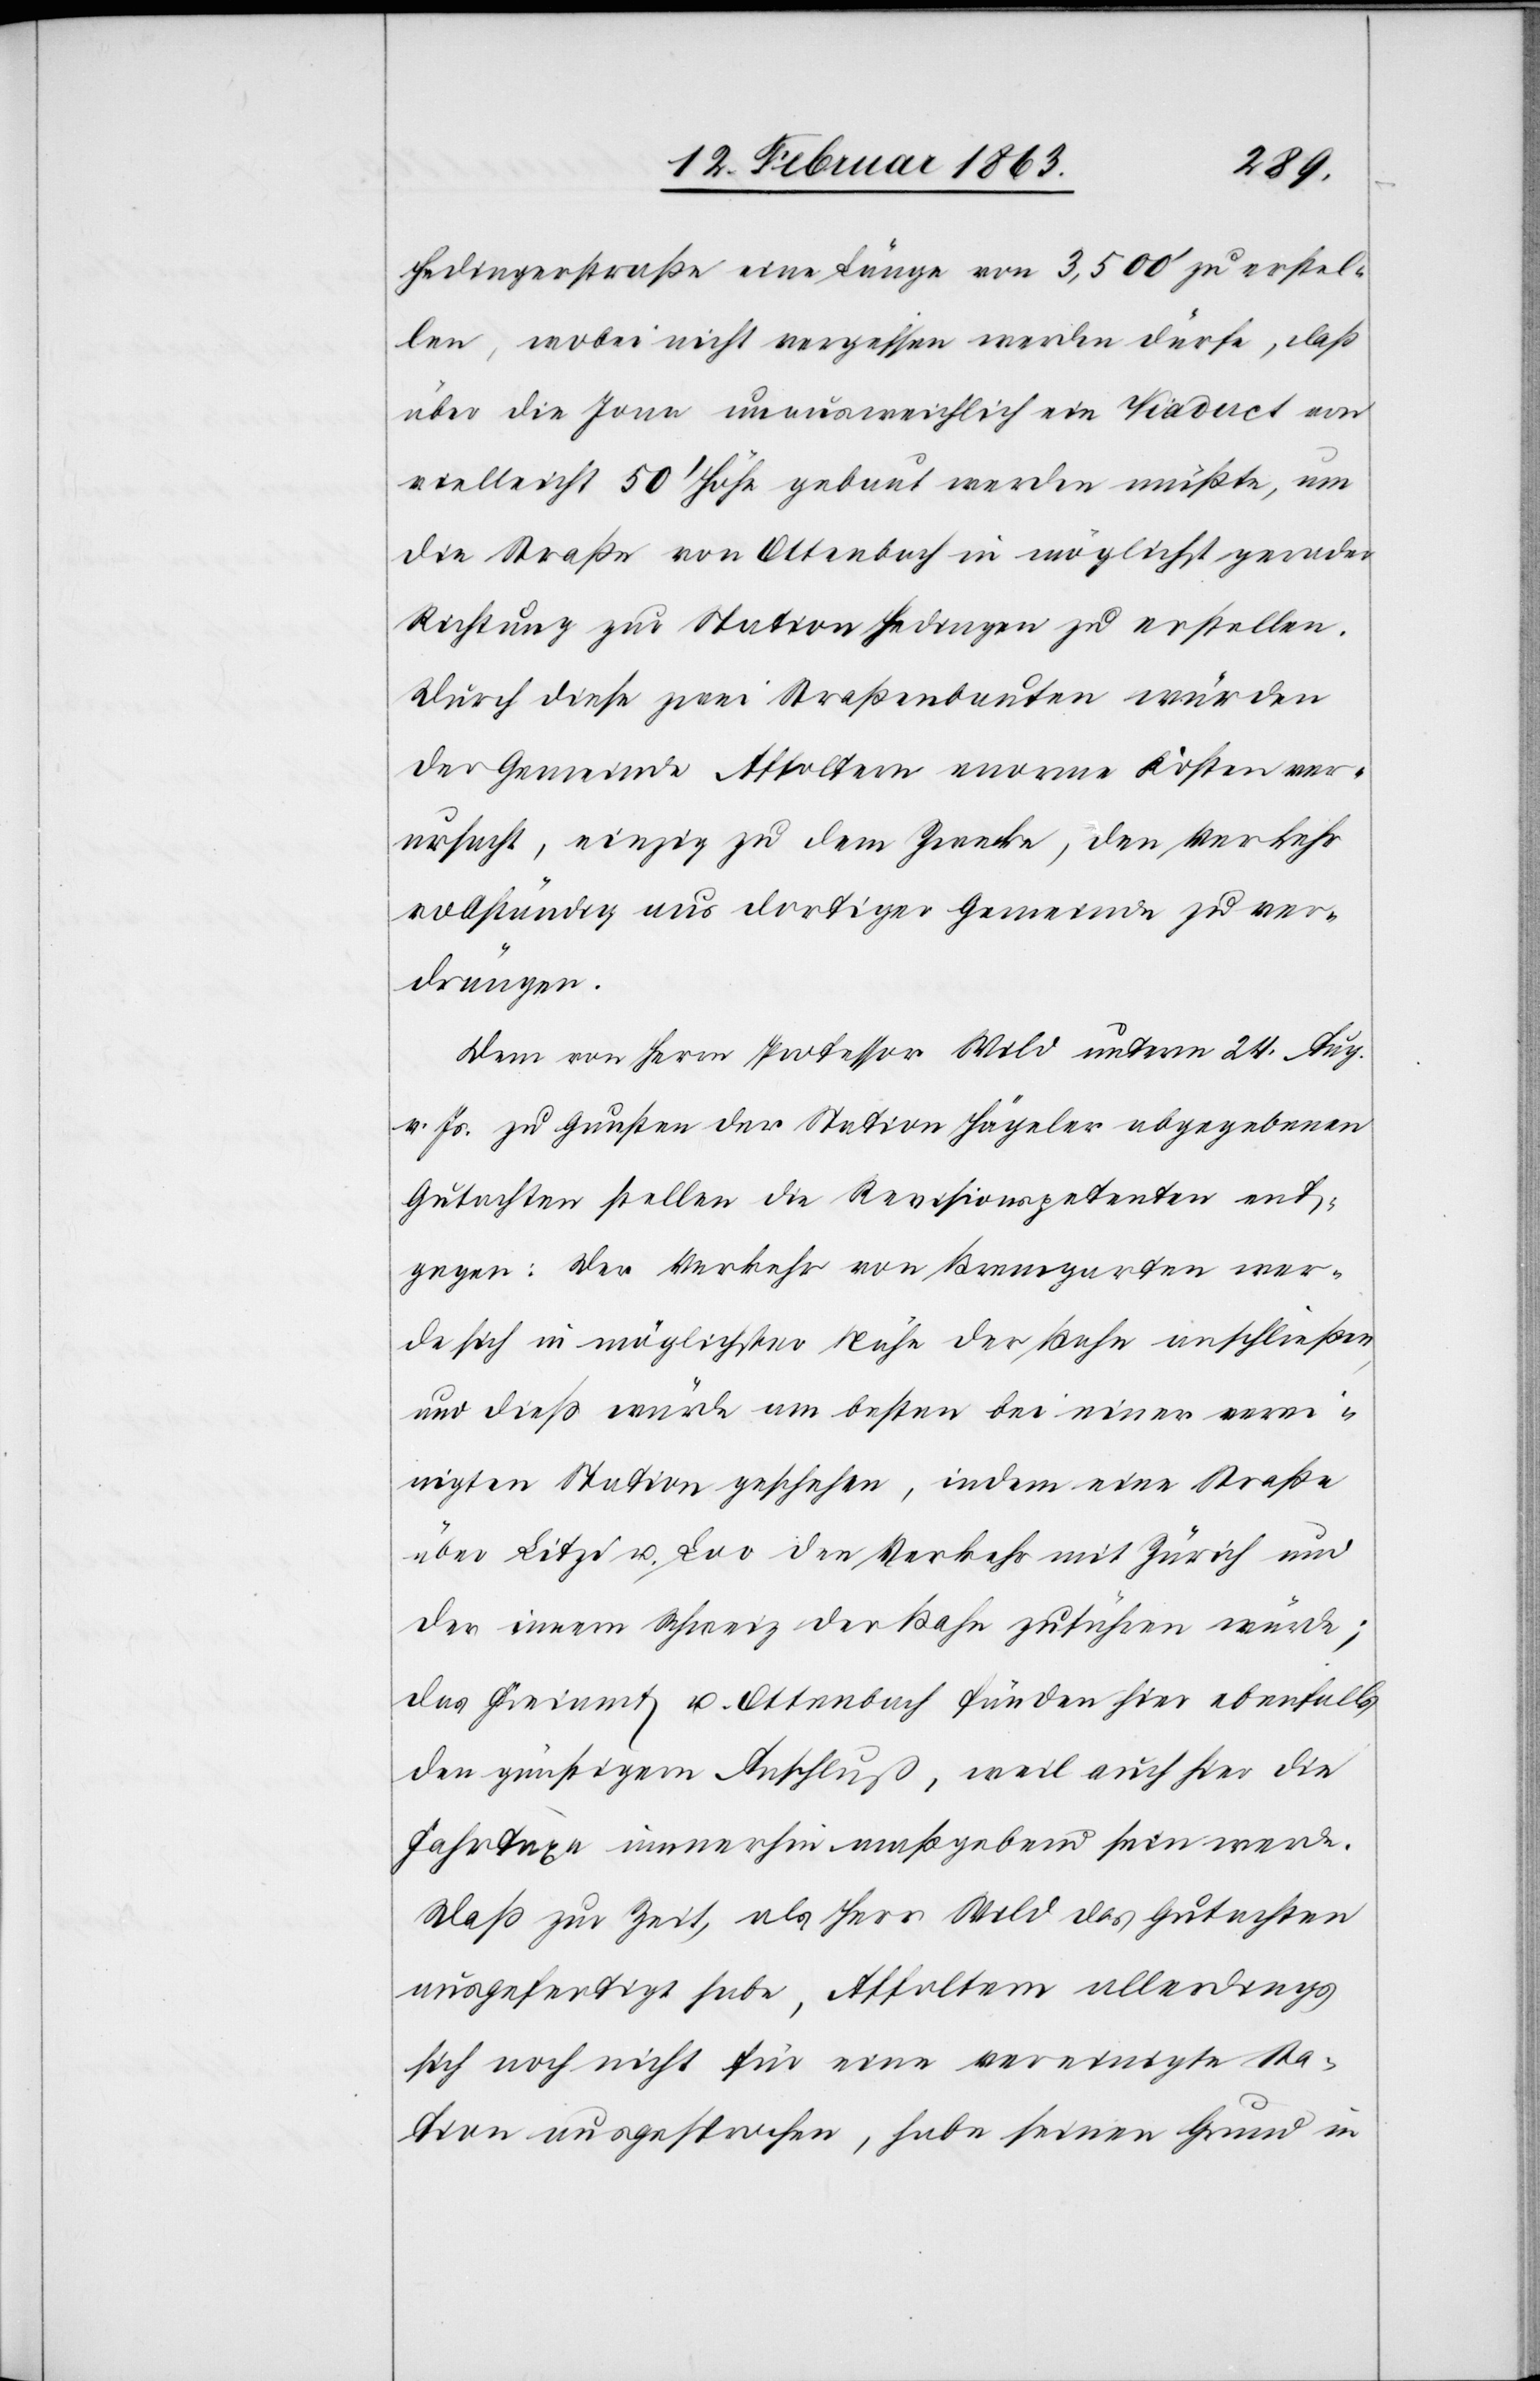
Hedingerstraße eine Länge von 3,500' zu erstel¬
len, wobei nicht vergessen werden dürfe, daß
über die Jona unausweichlich ein Viaduct von
vielleicht 50' Höhe gebaut werden müßte, um
die Straße von Ottenbach in möglichst gerader
Richtung zur Station Hedingen zu erstellen.
Durch diese zwei Straßenbauten würden
der Gemeinde Affoltern enorme Kosten ver¬
ursacht, einzig zu dem Zwecke, den Verkehr
vollständig aus dortiger Gemeinde zu ver¬
drängen.
Dem von Herrn Professor Wild unterm 24. Aug.
v. Js. zu Gunsten der Station Hägeler abgegebenen
Gutachten stellen die Revisionspetenten ent¬
gegen: Der Verkehr von Bremgarten wer¬
de sich in möglichster Nähe der Bahn anschließen,
und dieß würde am besten bei einer verei¬
nigten Station geschehen, indem eine Straße
über Litzi u. Loo den Verkehr mit Zürich und
der innern Schweiz der Bahn zuführen würde;
das Freiamt u. Ottenbach fänden hier ebenfalls
den günstigern Anschluß, weil auch hier die
Fahrtaxe immerhin maßgebend sein werde.
Daß zur Zeit, als Herr Wild das Gutachten
ausgefertigt habe, Affoltern allerdings
sich noch nicht für eine vereinigte Sta¬
tion ausgesprochen, habe seinen Grund in